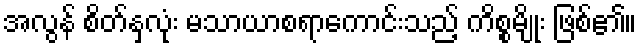
အလွန် စိတ်နှလုံး မသာယာစရာကောင်းသည့် ကိစ္စမျိုး ဖြစ်၏။